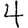
Digit: 4